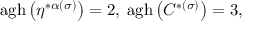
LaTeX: \mathrm { a g h } \left( \eta ^ { * \alpha ( \sigma ) } \right) = 2 , \; \mathrm { a g h } \left( C ^ { * ( \sigma ) } \right) = 3 ,